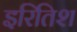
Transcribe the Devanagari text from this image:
इरितिश